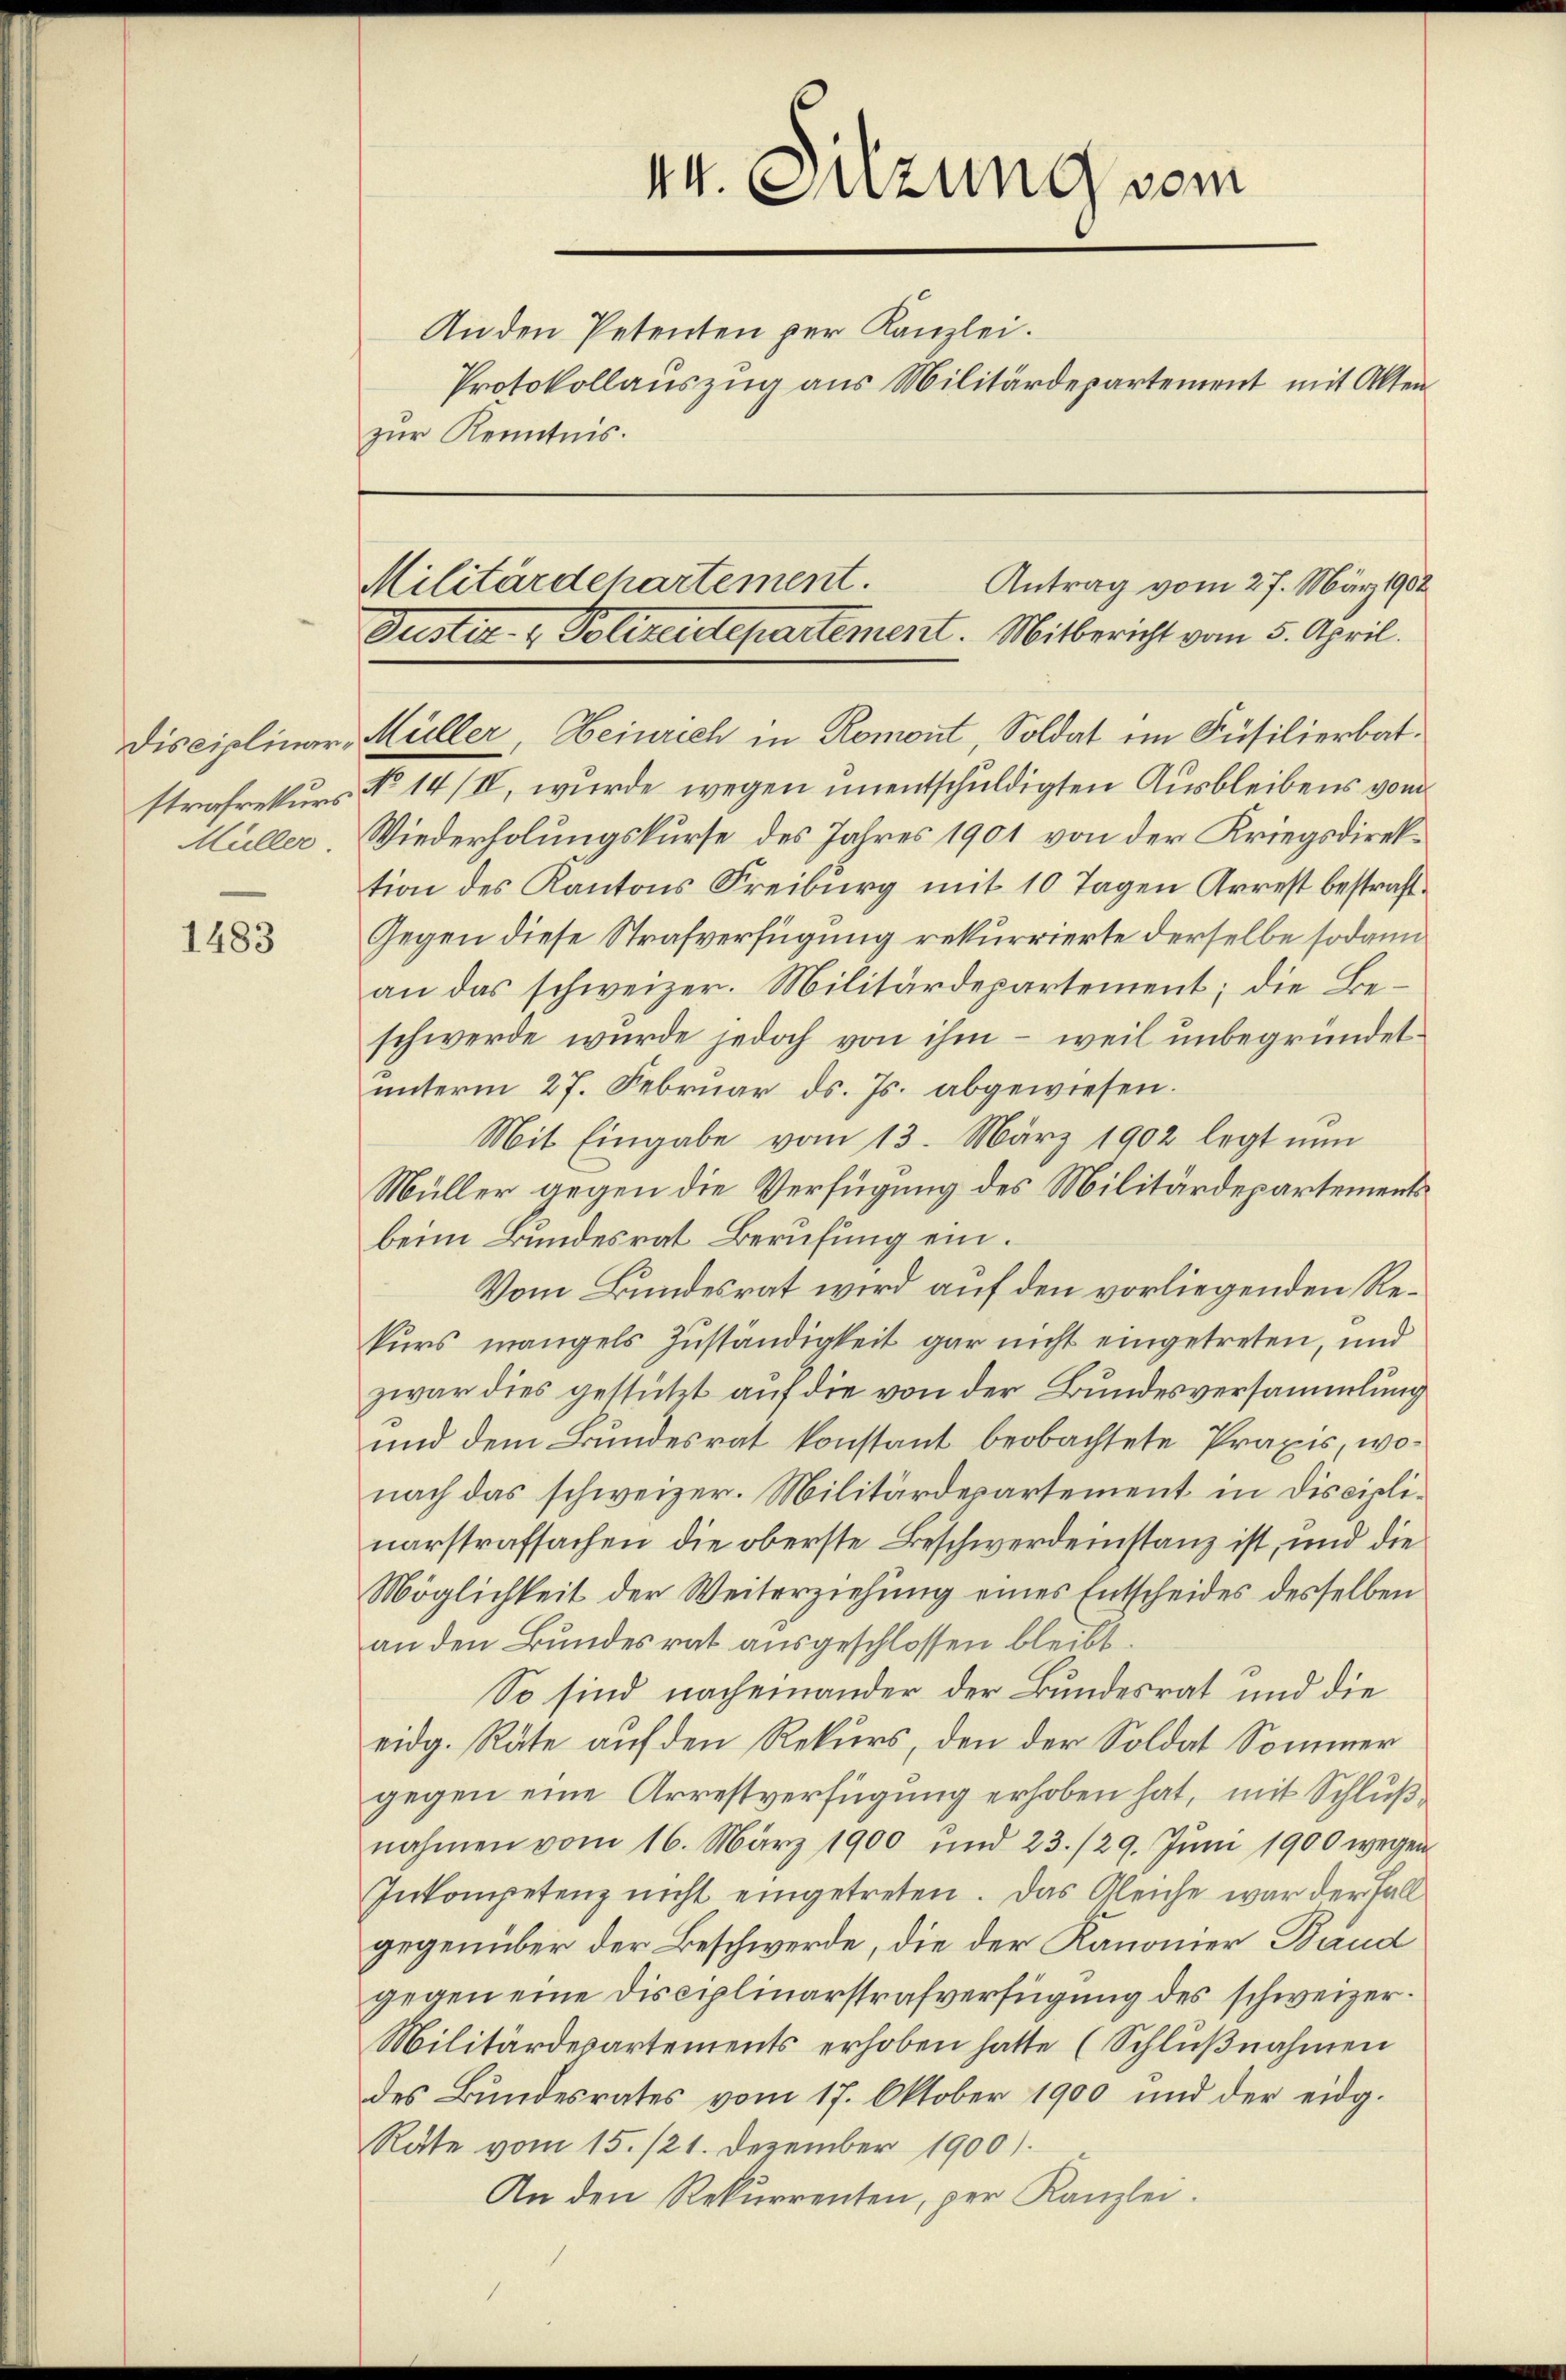
1483

strafrekurs

zur Kenntnis.

44. Sitzung vom

An den Petenten per Kanzlei.
Protokollauszug aus Militärdepartement mit Akten

Antrag vom 27. März 1902
Militärdehartement.
Justiz- & Polizeidepartement. Mitbericht vom 5. April.

Disciplinars Müller, Heinrich in Romont, Soldat im Füsilierbat¬
No 14/II, wurde wegen unentschuldigten Ausbleibens vom
Hüller. Wiederholungskurse des Jahres 1901 von der Kriegsdirektion des Kantons Freiburg mit 10 Tagen Arrest bestraft¬
Gegen diese Strafverfügung rekurrierte derselbe sodann
an das schweizer. Militärdepartement; die Beschwerde wurde jedoch von ihm – weil unbegründet
unterm 27. Februar ds. Js. abgewiesen.
Mit Eingabe vom 13. März 1902 legt nun
Müller gegen die Verfügung des Militärdepartements
beim Bundesrat Berufung ein.
Vom Bundesrat wird auf den vorliegenden Rekurs mangels Zuständigkeit gar nicht eingetreten, und
zwar dies gestützt auf die von der Bundesversammlung
und dem Bundesrat konstant beobachtete Praxis, wonach das schweizer. Militärdepartement in disciplinarstrafsachen die oberste Beschwerdeinstanz ist, und die
Möglichkeit der Weiterziehung eines Entscheides desselben
an den Bundesrat ausgeschlossen bleibt.
So sind nacheinander der Bundesrat und die
eidg. Räte auf den Rekurs, den der Soldat Sommer
gegen eine Arrestverfügung erhoben hat, mit Schluß
nahmen vom 16. März 1900 und 23./29. Juni 1900 wegen
Inkompetenz nicht eingetreten. Das Gleiche war der Fall
gegenüber der Beschwerde, die der Kanonier Band
gegen eine Disciplinarstrafverfügung des schweizer¬
Militärdepartements erhoben hatte (Schlŭβnahmen
des Bundesrates vom 17. Oktober 1900 und der eidg.
Räte vom 15./21. Dezember 1900).
An den Rekurrenten, per Kanzlei.